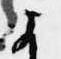
よ